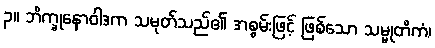
၃။ ဘိက္ခုနောဝါဒက သမုတ်သည်၏ အစွမ်းဖြင့် ဖြစ်သော သမ္မုတိကံ၊